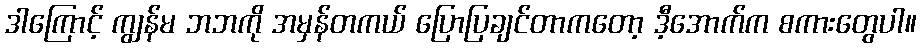
ဒါကြောင့် ကျွန်မ ဘဘကို အမှန်တကယ် ပြောပြချင်တာကတော့ ဒီ့အောက်က စကားတွေပါ။